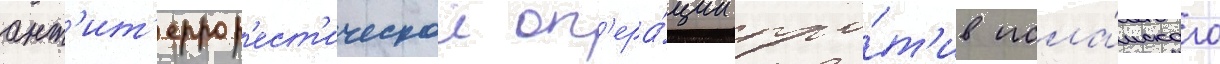
ант'ит'еррор'ест'ическои оп'ера́ции про́т'ив исла́мского